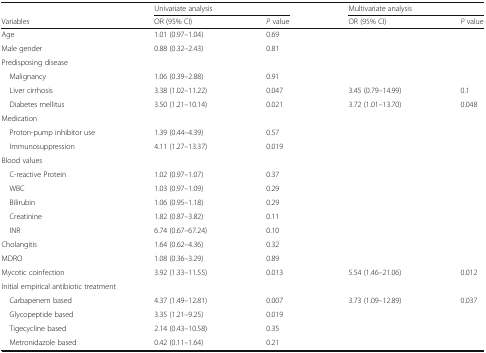
<table><thead><tr><td></td><td colspan="2"><b>Univariate analysis</b></td><td colspan="2"><b>Multivariate analysis</b></td></tr><tr><td><b>Variables</b></td><td><b>OR (95% CI)</b></td><td><b><i>P</i> value</b></td><td><b>OR (95% CI)</b></td><td><b><i>P</i> value</b></td></tr></thead><tbody><tr><td>Age</td><td>1.01 (0.97–1.04)</td><td>0.69</td><td></td><td></td></tr><tr><td>Male gender</td><td>0.88 (0.32–2.43)</td><td>0.81</td><td></td><td></td></tr><tr><td colspan="5">Predisposing disease</td></tr><tr><td> Malignancy</td><td>1.06 (0.39–2.88)</td><td>0.91</td><td></td><td></td></tr><tr><td> Liver cirrhosis</td><td>3.38 (1.02–11.22)</td><td>0.047</td><td>3.45 (0.79–14.99)</td><td>0.1</td></tr><tr><td> Diabetes mellitus</td><td>3.50 (1.21–10.14)</td><td>0.021</td><td>3.72 (1.01–13.70)</td><td>0.048</td></tr><tr><td>Medication</td><td></td><td></td><td></td><td></td></tr><tr><td> Proton-pump inhibitor use</td><td>1.39 (0.44–4.39)</td><td>0.57</td><td></td><td></td></tr><tr><td> Immunosuppression</td><td>4.11 (1.27–13.37)</td><td>0.019</td><td></td><td></td></tr><tr><td colspan="5">Blood values</td></tr><tr><td> C-reactive Protein</td><td>1.02 (0.97–1.07)</td><td>0.37</td><td></td><td></td></tr><tr><td> WBC</td><td>1.03 (0.97–1.09)</td><td>0.29</td><td></td><td></td></tr><tr><td> Bilirubin</td><td>1.06 (0.95–1.18)</td><td>0.29</td><td></td><td></td></tr><tr><td> Creatinine</td><td>1.82 (0.87–3.82)</td><td>0.11</td><td></td><td></td></tr><tr><td> INR</td><td>6.74 (0.67–67.24)</td><td>0.10</td><td></td><td></td></tr><tr><td>Cholangitis</td><td>1.64 (0.62–4.36)</td><td>0.32</td><td></td><td></td></tr><tr><td>MDRO</td><td>1.08 (0.36–3.29)</td><td>0.89</td><td></td><td></td></tr><tr><td>Mycotic coinfection</td><td>3.92 (1.33–11.55)</td><td>0.013</td><td>5.54 (1.46–21.06)</td><td>0.012</td></tr><tr><td colspan="5">Initial empirical antibiotic treatment</td></tr><tr><td> Carbapenem based</td><td>4.37 (1.49–12.81)</td><td>0.007</td><td>3.73 (1.09–12.89)</td><td>0.037</td></tr><tr><td> Glycopeptide based</td><td>3.35 (1.21–9.25)</td><td>0.019</td><td></td><td></td></tr><tr><td> Tigecycline based</td><td>2.14 (0.43–10.58)</td><td>0.35</td><td></td><td></td></tr><tr><td> Metronidazole based</td><td>0.42 (0.11–1.64)</td><td>0.21</td><td></td><td></td></tr></tbody></table>